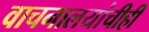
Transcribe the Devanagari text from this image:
वाचनालयांचीही